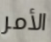
الأمر